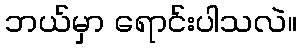
ဘယ်မှာ ရောင်းပါသလဲ။